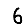
Digit: 6